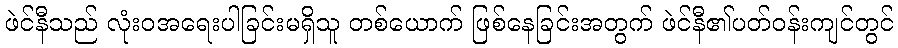
ဖဲင်နီသည် လုံးဝအရေးပါခြင်းမရှိသူ တစ်ယောက် ဖြစ်နေခြင်းအတွက် ဖဲင်နီ၏ပတ်ဝန်းကျင်တွင်